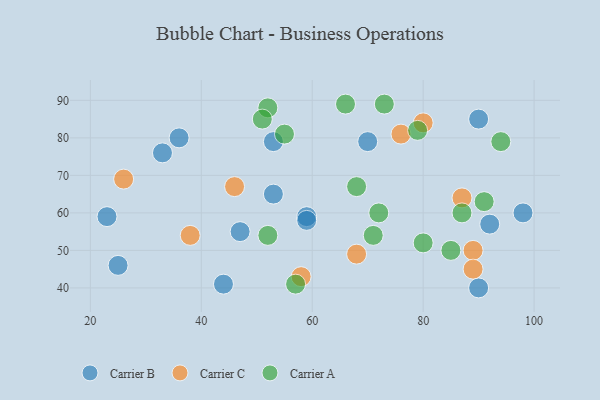
{"axis": {"x": "GDP", "y": "Life Expectancy"}, "legend": ["Carrier A", "Carrier B", "Carrier C"], "data": [{"x": "53", "y": 79, "type": "Carrier B"}, {"x": "59", "y": 59, "type": "Carrier B"}, {"x": "33", "y": 76, "type": "Carrier B"}, {"x": "25", "y": 46, "type": "Carrier B"}, {"x": "90", "y": 85, "type": "Carrier B"}, {"x": "53", "y": 65, "type": "Carrier B"}, {"x": "90", "y": 40, "type": "Carrier B"}, {"x": "44", "y": 41, "type": "Carrier B"}, {"x": "92", "y": 57, "type": "Carrier B"}, {"x": "70", "y": 79, "type": "Carrier B"}, {"x": "36", "y": 80, "type": "Carrier B"}, {"x": "98", "y": 60, "type": "Carrier B"}, {"x": "59", "y": 58, "type": "Carrier B"}, {"x": "23", "y": 59, "type": "Carrier B"}, {"x": "47", "y": 55, "type": "Carrier B"}, {"x": "38", "y": 54, "type": "Carrier C"}, {"x": "80", "y": 84, "type": "Carrier C"}, {"x": "58", "y": 43, "type": "Carrier C"}, {"x": "76", "y": 81, "type": "Carrier C"}, {"x": "26", "y": 69, "type": "Carrier C"}, {"x": "87", "y": 64, "type": "Carrier C"}, {"x": "89", "y": 50, "type": "Carrier C"}, {"x": "89", "y": 45, "type": "Carrier C"}, {"x": "68", "y": 49, "type": "Carrier C"}, {"x": "46", "y": 67, "type": "Carrier C"}, {"x": "55", "y": 81, "type": "Carrier A"}, {"x": "52", "y": 88, "type": "Carrier A"}, {"x": "52", "y": 54, "type": "Carrier A"}, {"x": "87", "y": 60, "type": "Carrier A"}, {"x": "73", "y": 89, "type": "Carrier A"}, {"x": "71", "y": 54, "type": "Carrier A"}, {"x": "66", "y": 89, "type": "Carrier A"}, {"x": "57", "y": 41, "type": "Carrier A"}, {"x": "94", "y": 79, "type": "Carrier A"}, {"x": "68", "y": 67, "type": "Carrier A"}, {"x": "72", "y": 60, "type": "Carrier A"}, {"x": "80", "y": 52, "type": "Carrier A"}, {"x": "79", "y": 82, "type": "Carrier A"}, {"x": "85", "y": 50, "type": "Carrier A"}, {"x": "51", "y": 85, "type": "Carrier A"}, {"x": "91", "y": 63, "type": "Carrier A"}]}